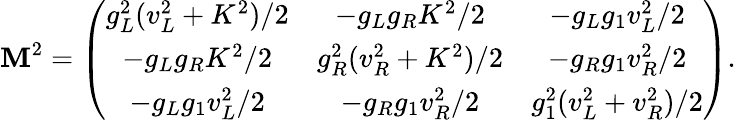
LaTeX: \mathbf{M}^{2}=\left(\begin{array}{ccc}{{g_{L}^{2}(v_{L}^{2}+K^{2})/2}}&{{-g_{L}g_{R}K^{2}/2}}&{{-g_{L}g_{1}v_{L}^{2}/2}}\\ {{-g_{L}g_{R}K^{2}/2}}&{{g_{R}^{2}(v_{R}^{2}+K^{2})/2}}&{{-g_{R}g_{1}v_{R}^{2}/2}}\\ {{-g_{L}g_{1}v_{L}^{2}/2}}&{{-g_{R}g_{1}v_{R}^{2}/2}}&{{g_{1}^{2}(v_{L}^{2}+v_{R}^{2})/2}}\end{array}\right).